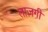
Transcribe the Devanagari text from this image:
ताज़गी़